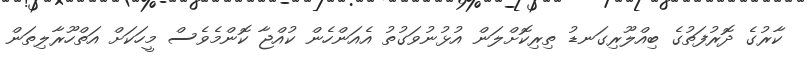
ކާރުގެ ދޮރުފަތުގެ ބިއްލޫރިގަނޑު ތިރިކޮށްލަން އުޅުނުވަގުތު އެއަންހެން ކުއްޖާ ކޮންމެވެސް މީހަކަށް އަތްހޫރާލިތަން